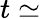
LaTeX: t\simeq